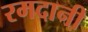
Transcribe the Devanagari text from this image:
रमदानी